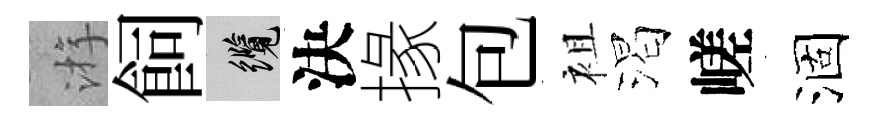
㳺飼纜決掾包袓渴嵯涸